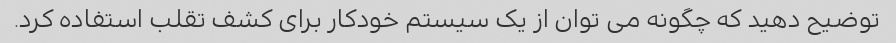
توضیح دهید که چگونه می توان از یک سیستم خودکار برای کشف تقلب استفاده کرد.